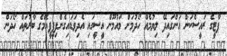
ޕާޓީގެ ރައީސްކަން އަންގައިދޭ ލިޔުމެއް ހޯދުމަށް މައުމޫން އީސީގައި އެދިވަޑައިގެންފިޕީޕީއެމްގެ ބާރުތައް ހޯދަން